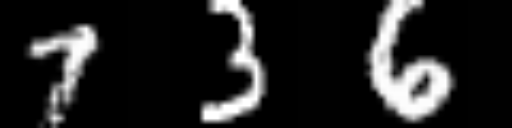
Text: 736